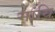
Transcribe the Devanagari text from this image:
मांयि